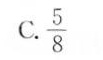
C.\frac{5}{8}